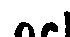
och